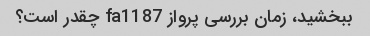
ببخشید، زمان بررسی پرواز fa1187 چقدر است؟